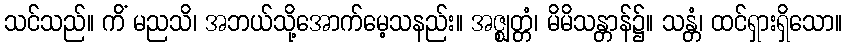
သင်သည်။ ကိံ မညသိ၊ အဘယ်သို့အောက်မေ့သနည်း။ အဇ္ဈတ္တံ၊ မိမိသန္တာန်၌။ သန္တံ၊ ထင်ရှားရှိသော။